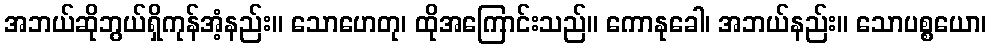
အဘယ်ဆိုဘွယ်ရှိကုန်အံ့နည်း။ သောဟေတု၊ ထိုအကြောင်းသည်။ ကောနုခေါ၊ အဘယ်နည်း။ သောပစ္စယော၊